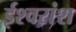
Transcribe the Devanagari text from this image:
ईश्वरांश